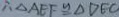
\therefore \Delta A E F \cong \Delta D E C